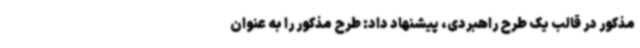
مذکور در قالب یک طرح راهبردی، پیشنهاد داد:‌ طرح مذکور را به ‌عنوان